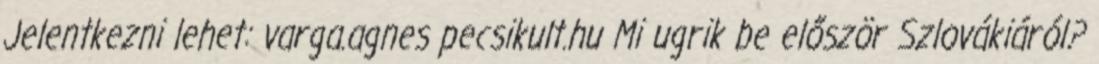
Jelentkezni lehet: varga.agnes pecsikult.hu Mi ugrik be először Szlovákiáról?